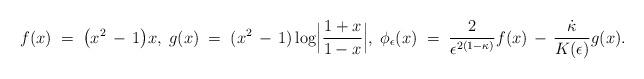
LaTeX: \begin{align*}f(x)\;=\;\bigl(x^2\,-\,1\bigr)x,\; g(x)\;=\;(x^2\,-\,1)\log\Bigl\vert\dfrac{1+x}{1-x}\Bigr\vert,\;\phi_\epsilon(x)\;=\;\dfrac 2{\epsilon^{2(1-\kappa)}}f(x)\,-\,\dfrac{\dot{\kappa}}{K(\epsilon)} g(x).\end{align*}